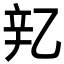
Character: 𬨖